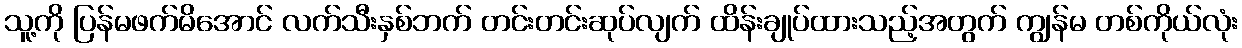
သူ့ကို ပြန်မဖက်မိအောင် လက်သီးနှစ်ဘက် တင်းတင်းဆုပ်လျက် ထိန်းချုပ်ထားသည့်အတွက် ကျွန်မ တစ်ကိုယ်လုံး